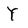
Character: Y